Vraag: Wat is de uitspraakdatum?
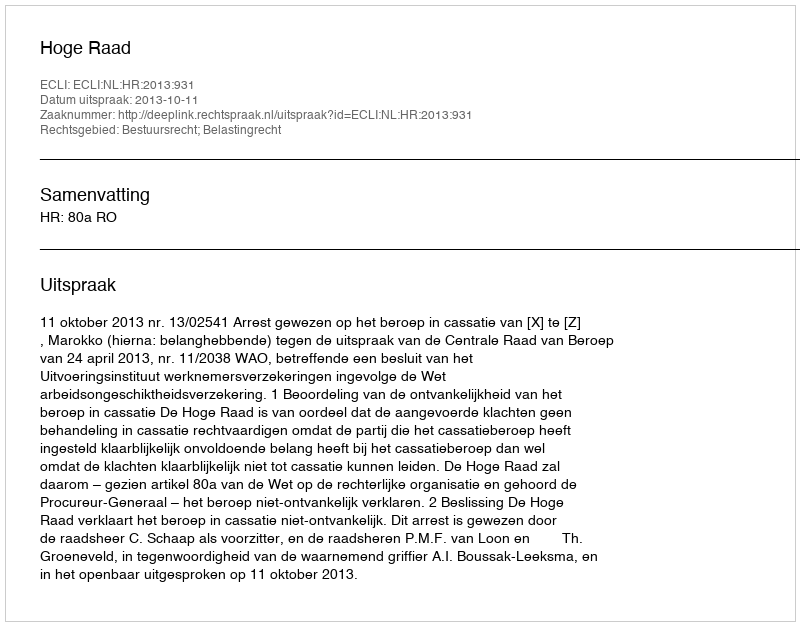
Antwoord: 2013-10-11